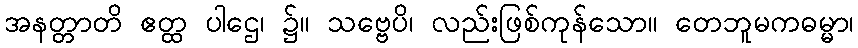
အနတ္တာတိ ဧတ္ထ ပါဌေ၊ ၌။ သဗ္ဗေပိ၊ လည်းဖြစ်ကုန်သော။ တေဘူမကဓမ္မာ၊